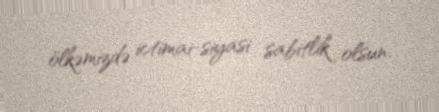
ölkəmizdə ictimai-siyasi sabitlik olsun.